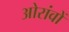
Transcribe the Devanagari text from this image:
ओरांवों